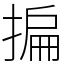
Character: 揙